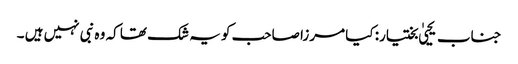
جناب یحییٰ بختیار: کیا مرزا صاحب کو یہ شک تھا کہ وہ نبی نہیں ہیں ۔